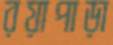
রয়াপাড়া